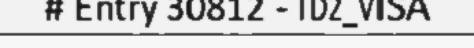
# Entry 30812 - TD2_VISA